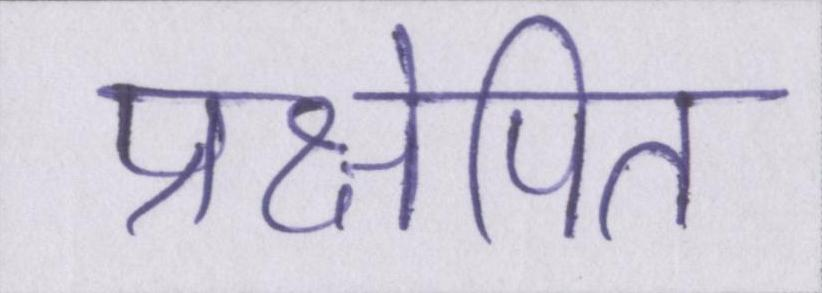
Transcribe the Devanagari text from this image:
प्रक्षेपित